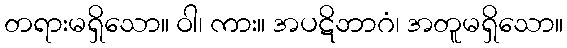
တရားမရှိသော။ ဝါ၊ ကား။ အပဋိဘာဂံ၊ အတူမရှိသော။